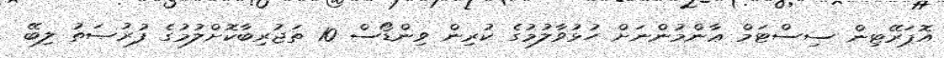
އޮޕަރޭޓިން ސިސްޓަމް ޢާންމުންނަށް ހުޅުވާލުމުގެ ކުރިން ވިންޑޯސް 10 ތަޖުރިބާކޮށްލުމުގެ ފުރުޞަތު ލިބޭ